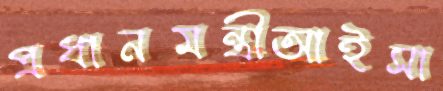
প্রধানমন্ত্রীআইসা